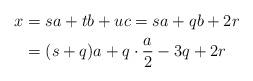
LaTeX: \begin{align*}x & = s a + t b + u c = s a + q b + 2 r\\& = (s+q) a + q \cdot \frac{a}{2} - 3 q + 2r \end{align*}